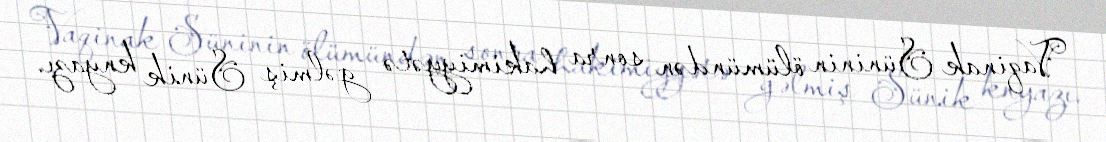
Vaqinak Süninin ölümündən sonra hakimiyyətə gəlmiş Sünik knyazı.